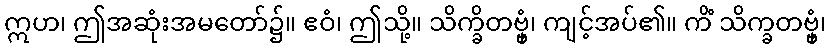
ဣဟ၊ ဤအဆုံးအမတော်၌။ ဧဝံ၊ ဤသို့။ သိက္ခိတဗ္ဗှံ၊ ကျင့်အပ်၏။ ကိံ သိက္ခတဗ္ဗှံ၊